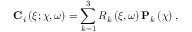
\mathbf { C } _ { i } \left( \xi ; \boldsymbol \chi , \omega \right) = \sum _ { k = 1 } ^ { 3 } R _ { k } \left( \xi , \omega \right) \mathbf { P } _ { k } \left( \boldsymbol \chi \right) ,